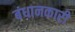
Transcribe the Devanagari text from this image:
बंधानकारी